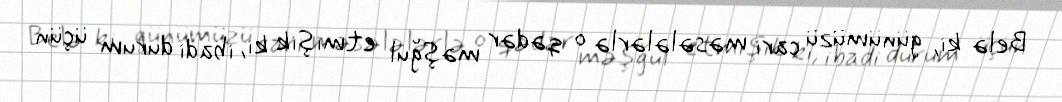
Belə ki, günümüzü cari məsələlərlə o qədər məşğul etmişik ki, ibadi durum üçün